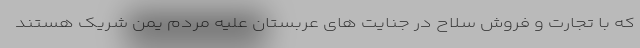
که با تجارت و فروش سلاح در جنایت های عربستان علیه مردم یمن شریک هستند